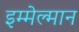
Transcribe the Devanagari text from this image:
इम्मेल्मान